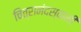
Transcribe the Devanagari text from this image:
चित्रानंदस्वामी